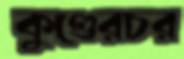
কুণ্ডেরচর